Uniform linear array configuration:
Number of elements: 64
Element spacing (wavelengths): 0.25
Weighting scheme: hamming
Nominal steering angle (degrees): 60
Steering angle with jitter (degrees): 58.723
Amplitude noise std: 0.05
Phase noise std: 0.05

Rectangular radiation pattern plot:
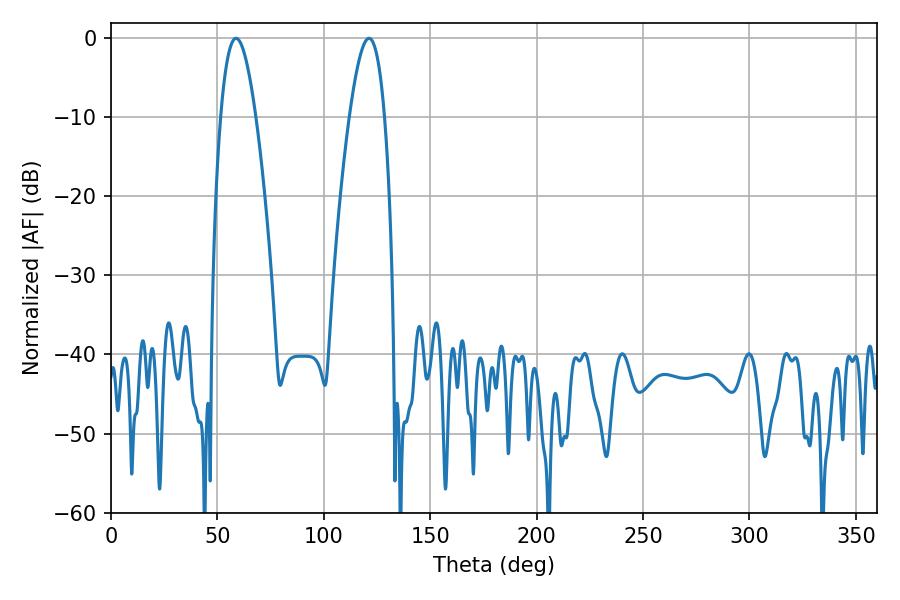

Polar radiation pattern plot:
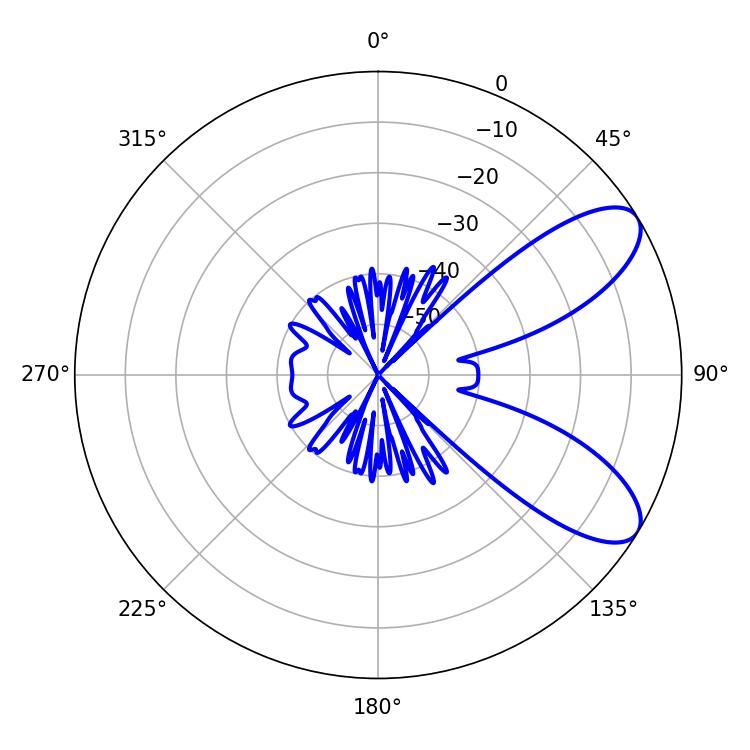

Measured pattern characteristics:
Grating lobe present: FALSE
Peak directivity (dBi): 8.355
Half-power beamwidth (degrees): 9
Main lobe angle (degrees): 58.68